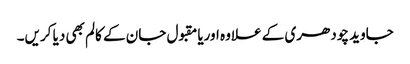
جاوید چودھری کے علاوہ اوریامقبول جان کے کالم بھی دیا کریں۔